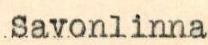
Savonlinna